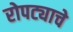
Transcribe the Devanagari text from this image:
रोपट्याचे